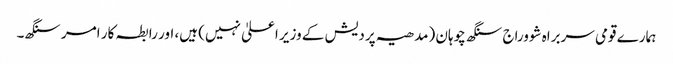
ہمارے قومی سربراہ شووراج سنگھ چوہان (مدھیہ پردیش کے وزیر اعلیٰ نہیں) ہیں، اور رابطہ کار امر سنگھ۔